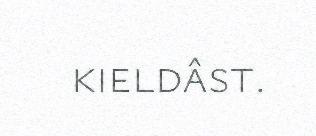
kieldâst.